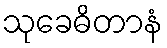
သုခေဓိတာနံ